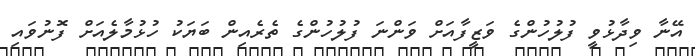
އޭނާ ވިދާޅުވީ ފުލުހުންގެ ވަޒީފާއަށް ވަންނަ ފުލުހުންގެ ތެރެއިން ބަޔަކު ހުޅުމާލެއަށް ފޮނުވައި